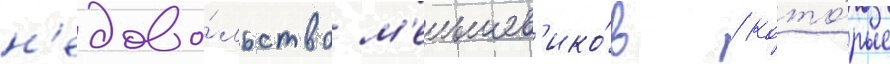
н'едово́льство м'еньшев'ико́в / кото́рые